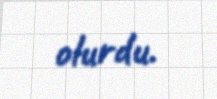
olurdu.